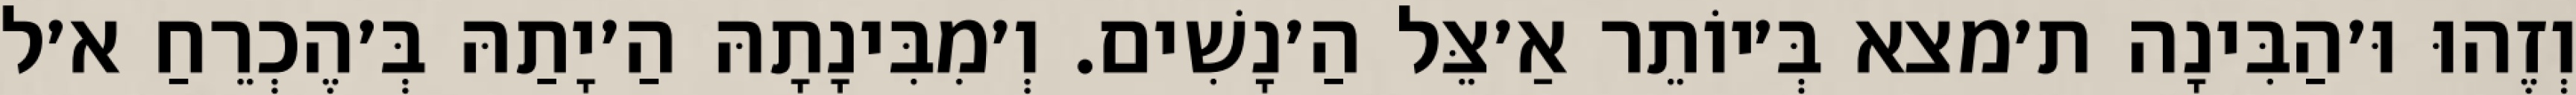
וְזֶהוּ וּ׳הַבִּינָה ת׳מצא בְּ׳יוֹתֵר אַ׳צֵּל הַ׳נָשִׁים. וְ׳מִבִּינָתָהּ הַ׳יָתַהּ בְּ׳הֶכְרֵחַ א׳ל